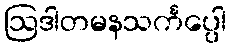
ဩဒါတမနသင်္ကပ္ပေါ